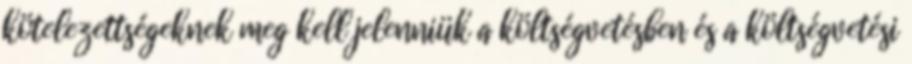
kötelezettségeknek meg kell jelenniük a költségvetésben és a költségvetési